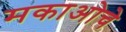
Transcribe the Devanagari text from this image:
मकाओचे